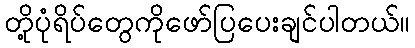
တို့ပုံရိပ်တွေကိုဖော်ပြပေးချင်ပါတယ်။